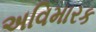
અવિમારક